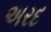
અરદ